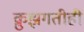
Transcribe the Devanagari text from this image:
क्रुझगतीही